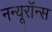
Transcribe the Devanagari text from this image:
नन्यूरॉन्स